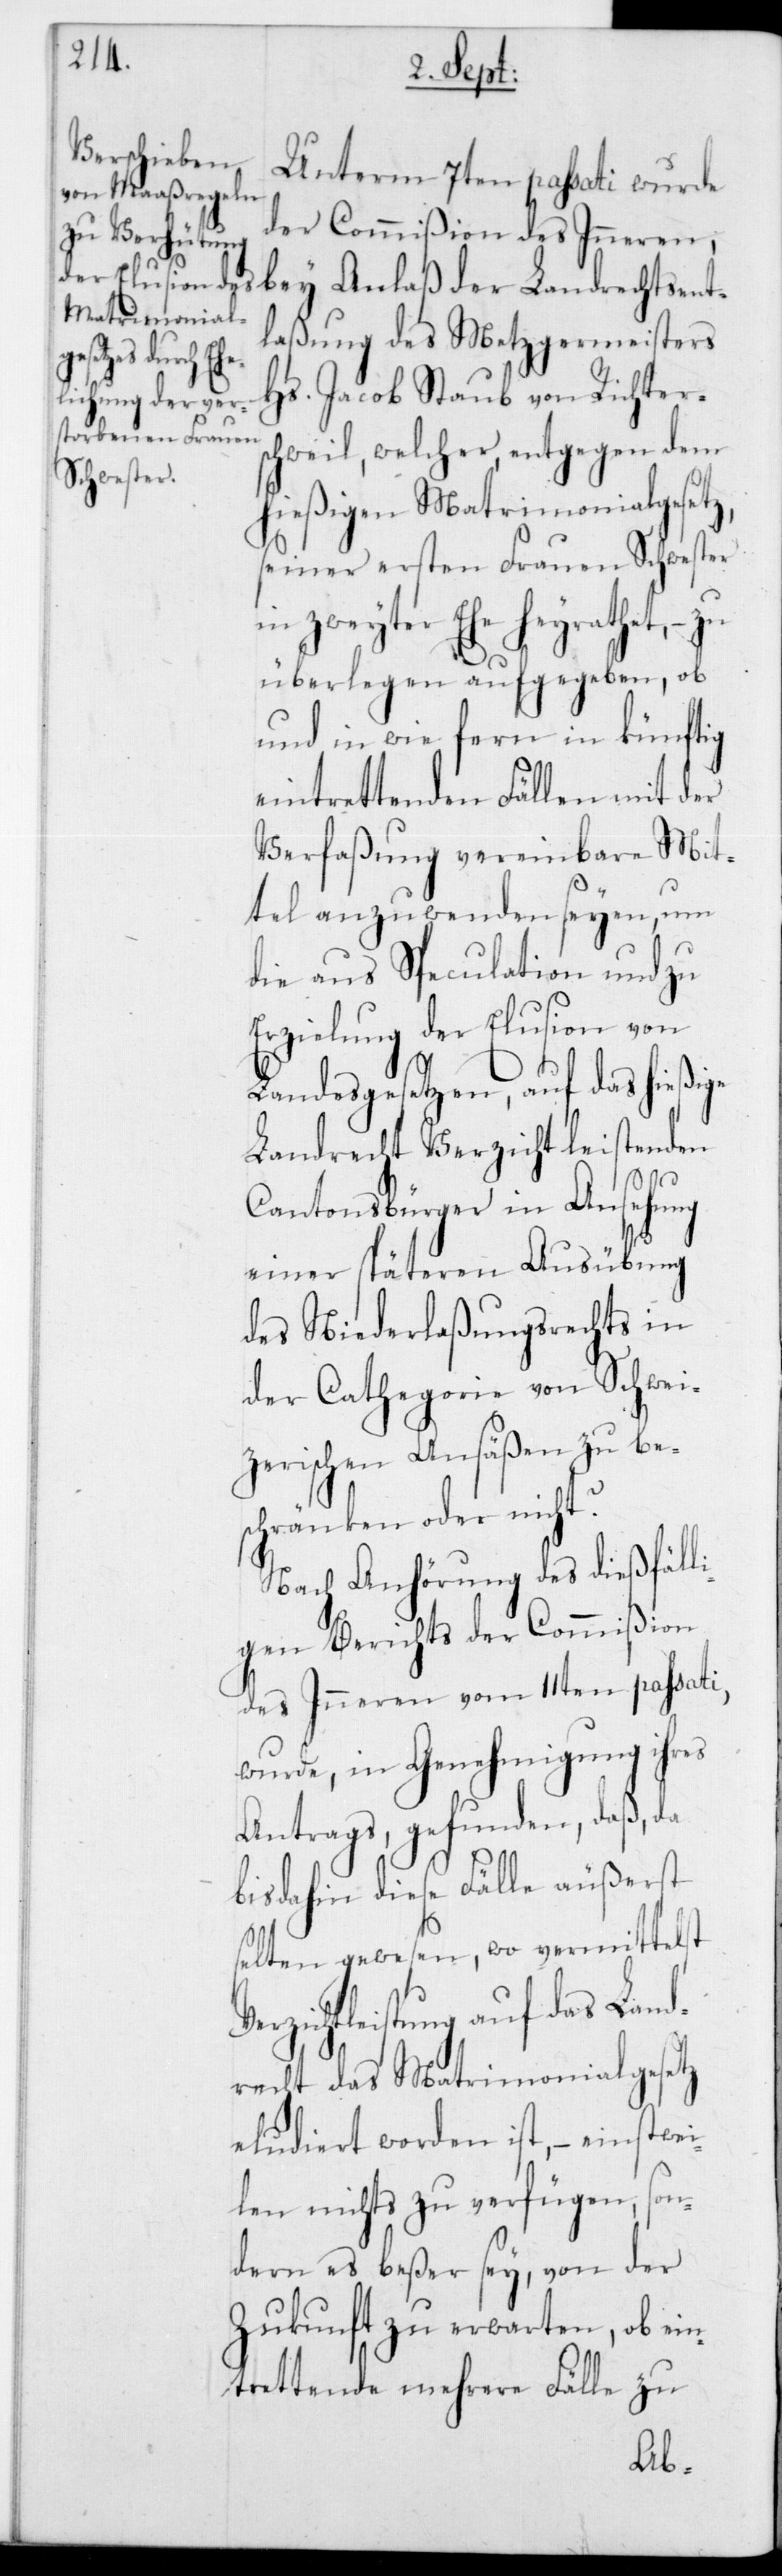
rechtsent¬
Unterm 7ten passati wurde
der Commißion des Inneren,
laßung des Metzgermeisters
Verzicht¬
Hs. Jacob Staub von Richters¬
chweil, welcher, entgegen dem
hießigen Matrimonialgesetz,
seiner ersten Frauen Schwester
in zweyter Ehe heyrathet, –
überlegen aufgegeben, ob
und in wie fern in künftig
eintrettenden Fällen mit der
Verfaßung vereinbare Mit¬
tel anzuwenden seyen, um
die aus Speculation und zu
rzielung der Elusion von
Landesgesetzen, auf das hießige
Landrecht Verzicht leistenden
Cantonsbürger in Ansehung
einer späteren Ausübung
des Niederlaßungsrechts in
der Cathegorie von Schwei¬
zerischen Ansäßen zu be¬
schränken oder nicht?
Nach Anhörung des dießfäll¬
igen Berichts der Commißion
des Inneren vom 11ten passati,
wurde in Genehmigung ihres
Antrags, gefunden, daß, da
bis dahin diese Fälle äußerst
selten gewesen, wo vermittelst
leistung auf das Land¬
recht das Matrimonialgesetz
eludiert worden ist, – einstwei¬
len nichts zu verfügen, son¬
dern es beßer sey, von der
Zukunft zu erwarten, ob ein¬
trettende mehrere Fälle zu
E¬